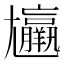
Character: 𡰠